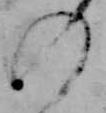
の